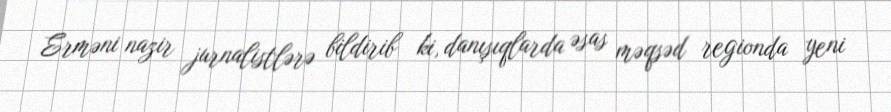
Erməni nazir jurnalistlərə bildirib ki, danışıqlarda əsas məqsəd regionda yeni